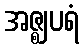
အဇ္ဈပရံ